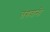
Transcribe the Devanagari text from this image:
तंगवानी